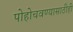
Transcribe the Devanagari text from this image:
पोहोचवण्यासाठीही